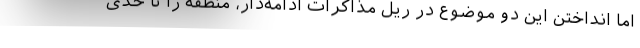
اما انداختن این دو موضوع در ریلِ مذاکرات ادامه‌دار، منطقه را تا حدی